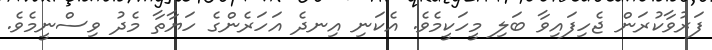
ފަރުވާކުރަން ޖެހިފައިވާ ބަލި މީހަކީމެވެ. އެކަނި އިނދެ އަހަރެންގެ ހަޔާތާ މެދު ވިސްނީމެވެ.